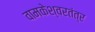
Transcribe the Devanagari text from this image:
वामकेश्वरतंत्र